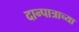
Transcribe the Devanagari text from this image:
दान्पात्राच्या